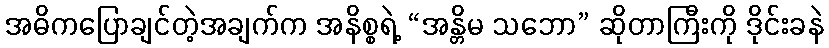
အဓိကပြောချင်တဲ့အချက်က အနိစ္စရဲ့ “အန္တိမ သဘော” ဆိုတာကြီးကို ဒိုင်းခနဲ